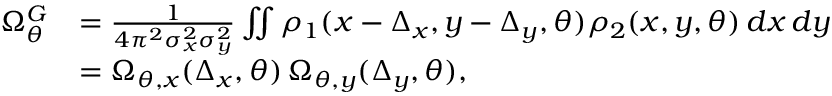
\begin{array} { r l } { \Omega _ { \theta } ^ { G } } & { = \frac { 1 } { 4 \pi ^ { 2 } \sigma _ { x } ^ { 2 } \sigma _ { y } ^ { 2 } } \iint \rho _ { 1 } ( x - \Delta _ { x } , y - \Delta _ { y } , \theta ) \rho _ { 2 } ( x , y , \theta ) \, d x \, d y } \\ & { = \Omega _ { \theta , x } ( \Delta _ { x } , \theta ) \, \Omega _ { \theta , y } ( \Delta _ { y } , \theta ) , } \end{array}